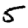
Digit: 5